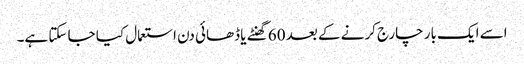
اسے ایک بار چارج کرنے کے بعد 60 گھنٹے یا ڈھائی دن استعمال کیا جا سکتا ہے۔